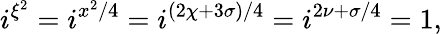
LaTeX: i^{\xi^{2}}=i^{x^{2}/4}=i^{(2\chi+3\sigma)/4}=i^{2\nu+\sigma/4}=1,